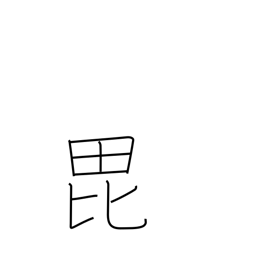
Meaning: help